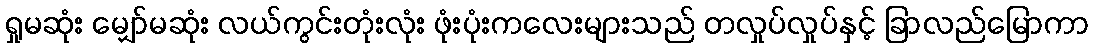
ရှုမဆုံး မျှော်မဆုံး လယ်ကွင်းတုံးလုံး ဖုံးပုံးကလေးများသည် တလှုပ်လှုပ်နှင့် ခြာလည်မြောကာ